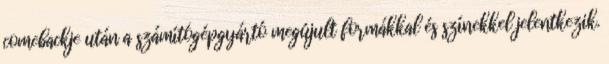
comebackje után a számítógépgyártó megújult formákkal és színekkel jelentkezik.